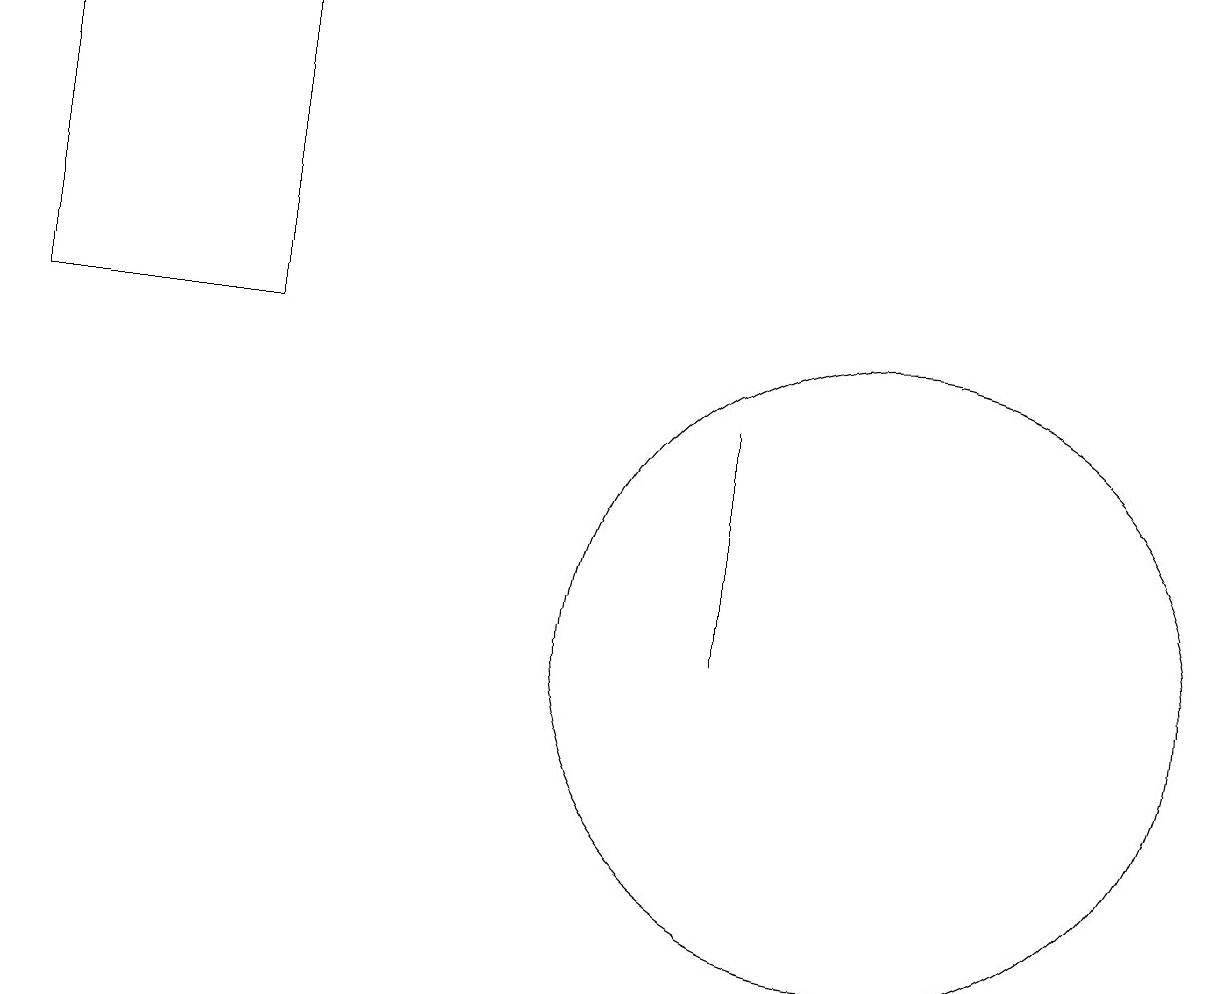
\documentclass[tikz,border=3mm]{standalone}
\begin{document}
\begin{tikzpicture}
\draw (11,11) circle (4);
\draw (3,15) rectangle (0,19);
\draw (9,14) rectangle (9,11);
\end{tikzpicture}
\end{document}